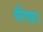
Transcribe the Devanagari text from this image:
सीएफ़ए